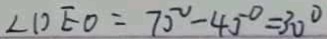
\angle D E O = 7 5 ^ { \circ } - 4 5 ^ { \circ } = 3 0 ^ { \circ }